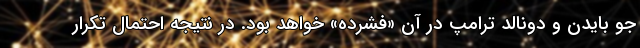
جو بایدن و دونالد ترامپ در آن «فشرده» خواهد بود. در نتیجه احتمال تکرار